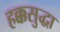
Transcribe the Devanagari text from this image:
हक्कसुद्धा